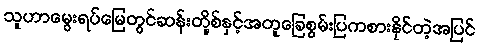
သူဟာမွေးရပ်မြေတွင်ဆန်းတို့စ်နှင့်အတူခြေစွမ်းပြကစားနိုင်တဲ့အပြင်